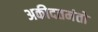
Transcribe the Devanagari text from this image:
अकीदतमंतो